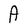
Character: A